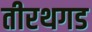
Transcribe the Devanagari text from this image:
तीरथगड